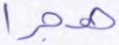
هجرا